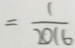
= \frac { 1 } { 2 0 1 6 }